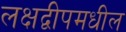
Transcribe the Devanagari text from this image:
लक्षद्वीपमधील